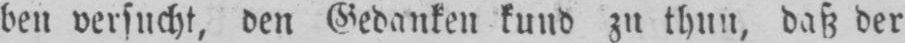
ben versucht, den Gedanken kund zu thun, daß der